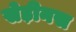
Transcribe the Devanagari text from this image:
सेड़ीनस